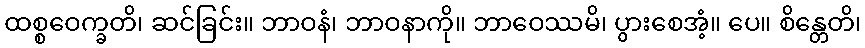
ထစ္စဝေက္ခတိ၊ ဆင်ခြင်း။ ဘာဝနံ၊ ဘာဝနာကို။ ဘာဝေဿမိ၊ ပွားစေအံ့။ ပေ။ စိန္တေတိ၊